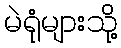
မဲရုံများသို့